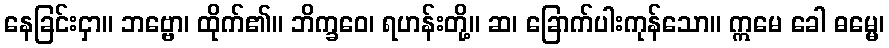
နေခြင်းငှာ။ ဘဗ္ဗော၊ ထိုက်၏။ ဘိက္ခဝေ၊ ရဟန်းတို့။ ဆ၊ ခြောက်ပါးကုန်သော။ ဣမေ ခေါ ဓမ္မေ၊